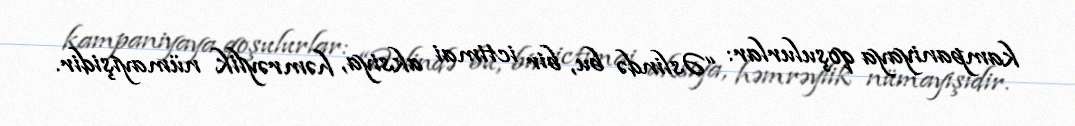
kampaniyaya qoşulurlar: “Əslində bu, bir ictimai aksiya, həmrəylik nümayişidir.